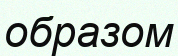
образом